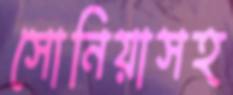
সোনিয়াসহ